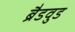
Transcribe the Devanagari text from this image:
ब्रैडवुड